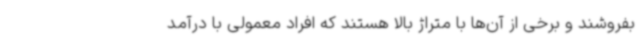
بفروشند و برخی از آن‌ها با متراژ بالا هستند که افراد معمولی با درآمد